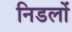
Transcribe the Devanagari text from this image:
निडलों